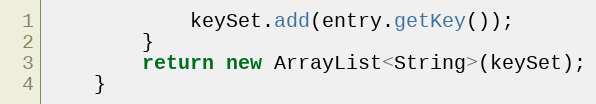
Language: Java
            keySet.add(entry.getKey());
        }
        return new ArrayList<String>(keySet);
    }